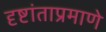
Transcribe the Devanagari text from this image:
दृष्टांताप्रमाणे